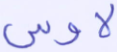
لاوس